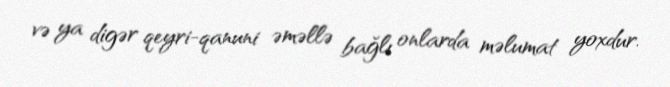
və ya digər qeyri-qanuni əməllə bağlı onlarda məlumat yoxdur.